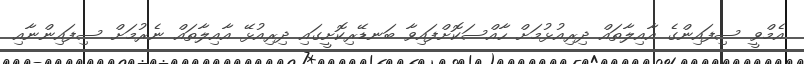
އެމްވީ ސިފައިންގެ އާއިލާތައް ދިރިއުޅުމަށް ހާއްސަކޮށްފައިވާ ބަނޑޭރިކޮށީގައި ދިރިއުޅޭ އާއިލާތައް ނެރުމަށް ސިފައިންނާއި